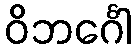
ဝိဘင်္ဂေါ